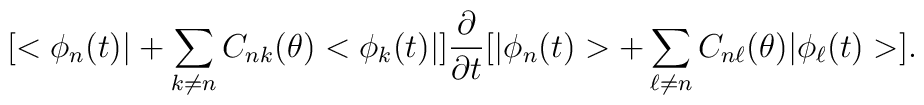
[<\phi_{n}(t)|+\sum_{k\neq n} C_{nk}(\theta)<\phi_{k}(t)|]\frac{\partial}{\partial t}[|\phi_{n}(t)>+ \sum_{\ell\neq n}C_{n\ell}(\theta)|\phi_{\ell}(t)>] .